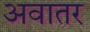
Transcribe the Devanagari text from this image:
अवातर